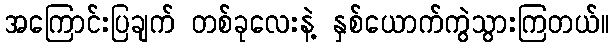
အကြောင်းပြချက် တစ်ခုလေးနဲ့ နှစ်ယောက်ကွဲသွားကြတယ်။